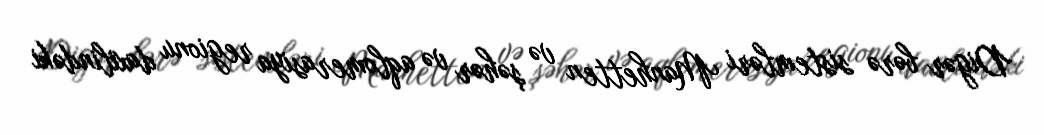
Digər bərə sistemləri Manhetten və şəhər və aqlomerasiya regionu daxilindəki